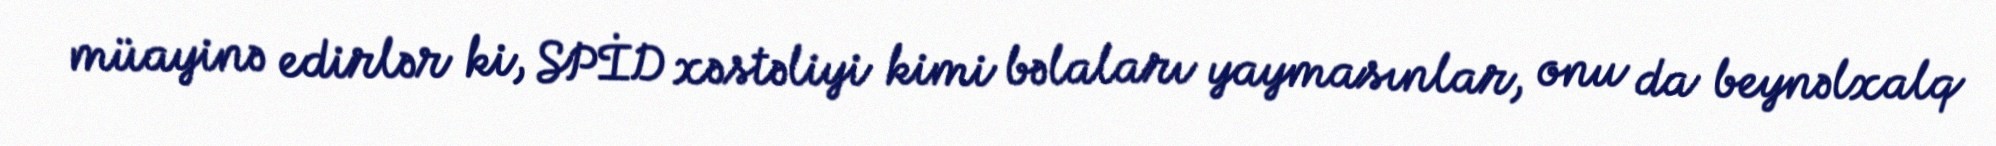
müayinə edirlər ki, SPİD xəstəliyi kimi bəlaları yaymasınlar, onu da beynəlxalq